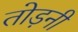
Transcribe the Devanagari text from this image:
तोड़नी